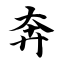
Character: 奔